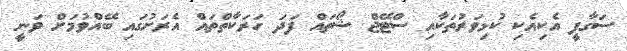
ސަގާފީ އެކިއެކި ކުޅިވަރުތަކާއި ސްޓޭޖް ޝޯތައް ފަދަ ހަރަކާތްތައް އެރަށުގައި ބޭއްވުމަށް ވަނީ